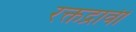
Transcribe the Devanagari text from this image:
रक्तद्रावी